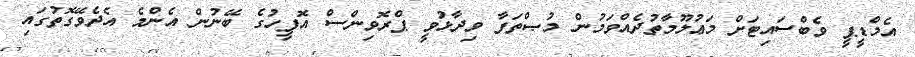
އެމްޑީޕީ ވެބްސައިޓަށް މަޢުލޫމާތުދެއްވަމުން މުޞްތަފާ ވިދާޅުވީ ޕްރޮވިންސް އޮފީހުގެ ބޭނުން އެންމެ އެދެވޭގޮތުގައި